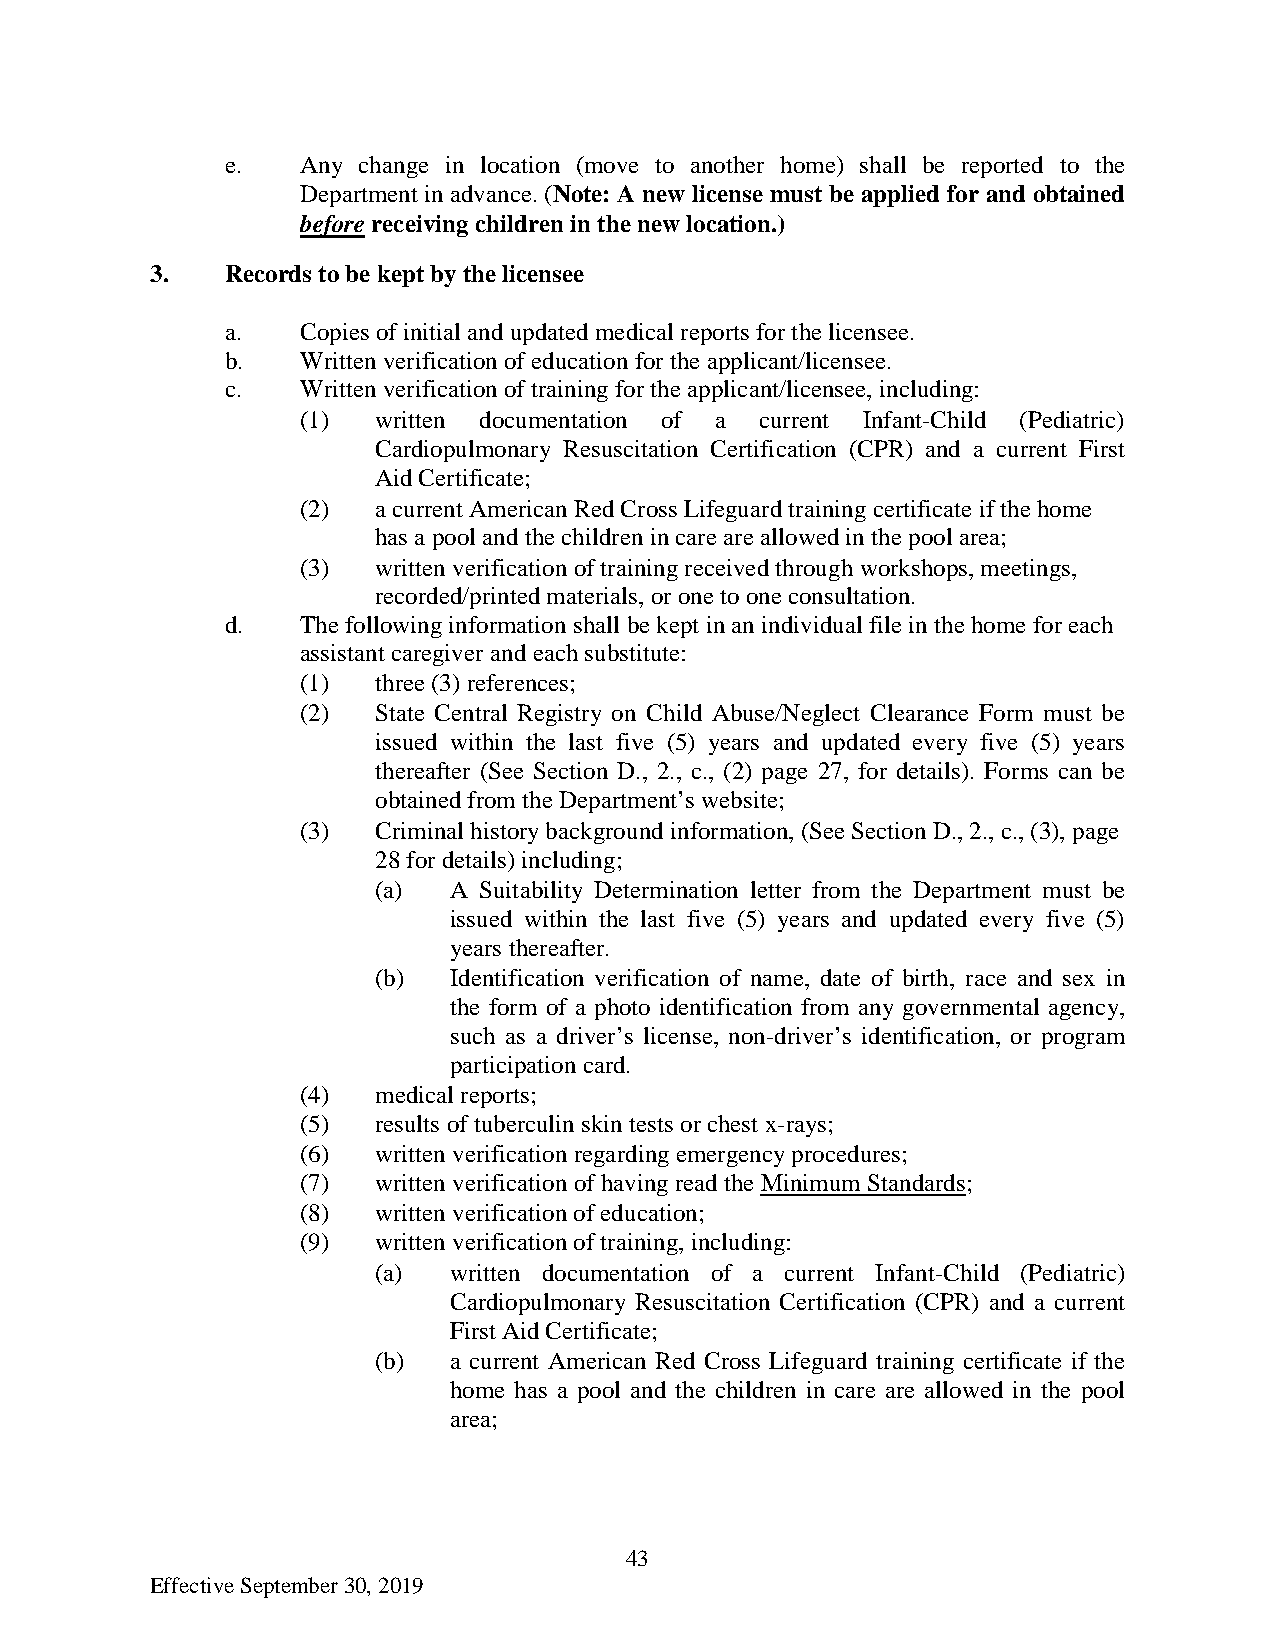
e.   Any change in location (move to another home) shall be reported to the
 Department in advance. (Note: A new license must be applied for and obtained
 before receiving children in the new location.)
 3.   Records to be kept by the licensee
 a.   Copies of initial and updated medical reports for the licensee.
 b.   Written verification of education for the applicant/licensee.
 c.   Written verification of training for the applicant/licensee, including:
 (1)  written documentation of a current Infant-Child (Pediatric)
 Cardiopulmonary Resuscitation Certification (CPR) and a current First
 Aid Certificate;
 (2)  a current American Red Cross Lifeguard training certificate if the home
 has a pool and the children in care are allowed in the pool area;
 (3)  written verification of training received through workshops, meetings,
 recorded/printed materials, or one to one consultation.
 d.   The following information shall be kept in an individual file in the home for each
 assistant caregiver and each substitute:
 (1)  three (3) references;
 (2)  State Central Registry on Child Abuse/Neglect Clearance Form must be
 issued within the last five (5) years and updated every five (5) years
 thereafter (See Section D., 2., c., (2) page 27, for details). Forms can be
 obtained from the Department’s website;
 (3)  Criminal history background information, (See Section D., 2., c., (3), page
 28 for details) including;
 (a)  A Suitability Determination letter from the Department must be
 issued within the last five (5) years and updated every five (5)
 years thereafter.
 (b)  Identification verification of name, date of birth, race and sex in
 the form of a photo identification from any governmental agency,
 such as a driver’s license, non-driver’s identification, or program
 participation card.
 (4)  medical reports;
 (5)  results of tuberculin skin tests or chest x-rays;
 (6)  written verification regarding emergency procedures;
 (7)  written verification of having read the Minimum Standards;
 (8)  written verification of education;
 (9)  written verification of training, including:
 (a)  written documentation of a current Infant-Child (Pediatric)
 Cardiopulmonary Resuscitation Certification (CPR) and a current
 First Aid Certificate;
 (b)  a current American Red Cross Lifeguard training certificate if the
 home has a pool and the children in care are allowed in the pool
 area;
 43
 Effective September 30, 2019